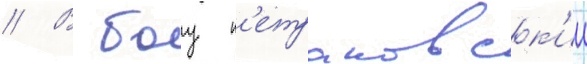
// В боу п'етраковск'ии